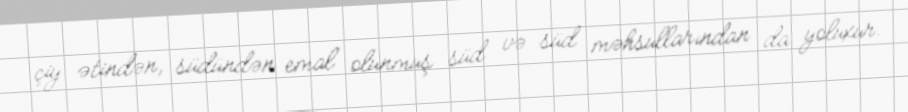
çiy ətindən, südündən emal olunmuş süd və süd məhsullarından da yoluxur.